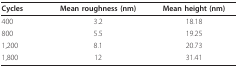
<table><thead><tr><td><b>Cycles</b></td><td><b>Mean roughness (nm)</b></td><td><b>Mean height (nm)</b></td></tr></thead><tbody><tr><td>400</td><td>3.2</td><td>18.18</td></tr><tr><td>800</td><td>5.5</td><td>19.25</td></tr><tr><td>1,200</td><td>8.1</td><td>20.73</td></tr><tr><td>1,800</td><td>12</td><td>31.41</td></tr></tbody></table>